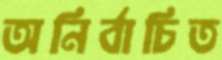
অনির্বাচিত